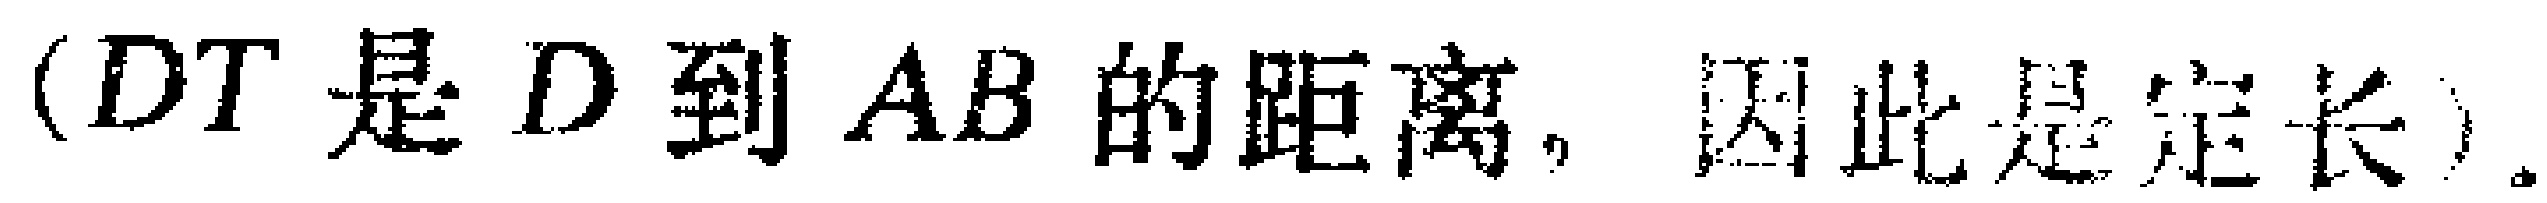
（\(DT\)是\(D\)到\(AB\)的距离，因此是定长）.